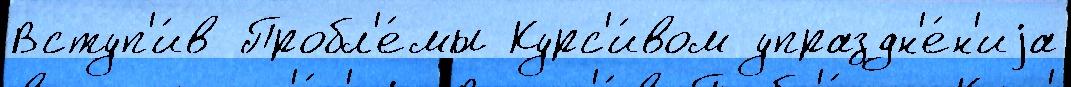
Вступ'и́в Пробл'е́мы Курс'и́вом упраздн'е́н'иjа